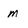
Character: m